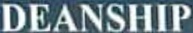
DEANSHIIP